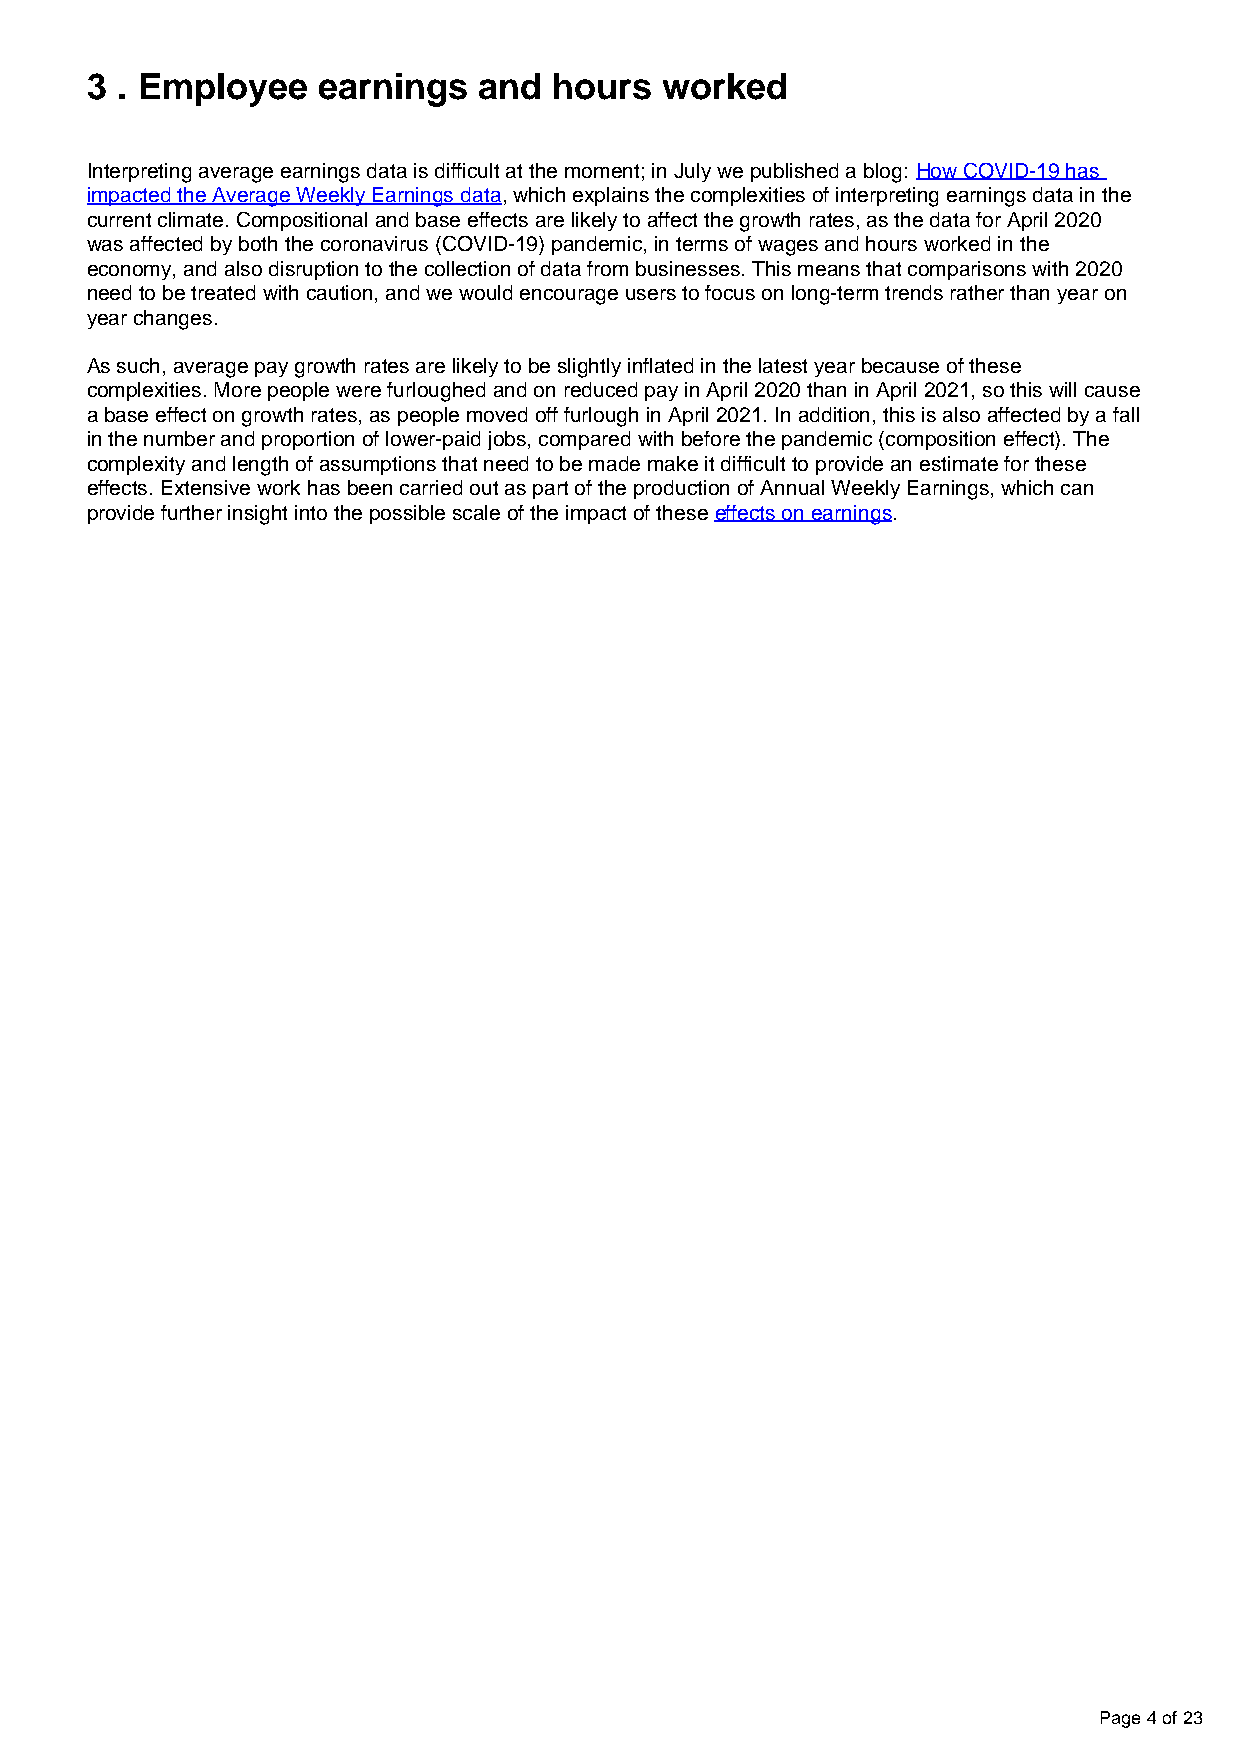
3 . Employee   earnings   and  hours  worked
 Interpreting average earnings data is difficult at the moment; in July we published a blog: How COVID-19 has
 impacted the Average Weekly Earnings data, which explains the complexities of interpreting earnings data in the
 current climate. Compositional and base effects are likely to affect the growth rates, as the data for April 2020
 was affected by both the coronavirus (COVID-19) pandemic, in terms of wages and hours worked in the
 economy, and also disruption to the collection of data from businesses. This means that comparisons with 2020
 need to be treated with caution, and we would encourage users to focus on long-term trends rather than year on
 year changes.
 As such, average pay growth rates are likely to be slightly inflated in the latest year because of these
 complexities. More people were furloughed and on reduced pay in April 2020 than in April 2021, so this will cause
 a base effect on growth rates, as people moved off furlough in April 2021. In addition, this is also affected by a fall
 in the number and proportion of lower-paid jobs, compared with before the pandemic (composition effect). The
 complexity and length of assumptions that need to be made make it difficult to provide an estimate for these
 effects. Extensive work has been carried out as part of the production of Annual Weekly Earnings, which can
 provide further insight into the possible scale of the impact of these effects on earnings.
 Page 4 of 23